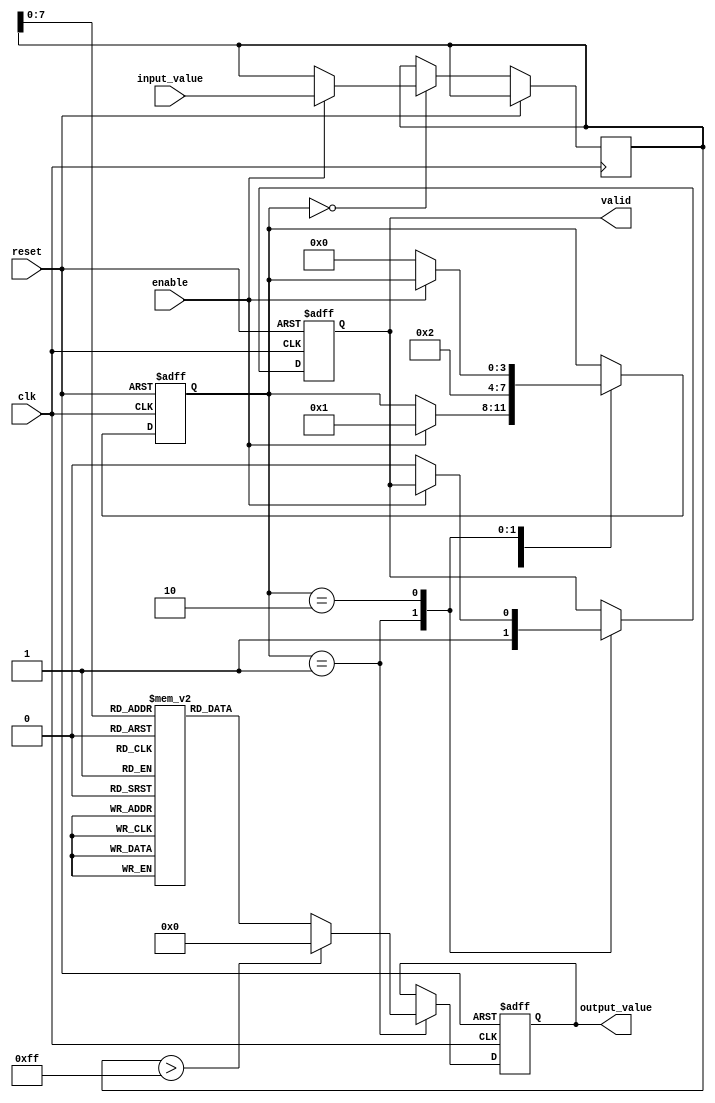
module LogarithmicUnit (
    input wire clk,
    input wire reset,
    input wire enable,
    input wire [15:0] input_value, // Fixed-point input
    output reg [15:0] output_value, // Fixed-point output
    output reg valid // Signal to indicate output is valid
);

// Internal states
reg [15:0] input_buffer;
reg calculating;
reg [3:0] state; // State for FSM

// Logarithm lookup table (base 2 for simplicity)
reg [15:0] log_table [0:255]; // Example size, adjust as necessary
initial begin
    // Populate the log_table with precomputed values
    // log_table[i] = log2(i) * scale_factor (scale_factor to fit in 16 bits)
    // This is just an example; you would compute actual logarithm values.
    log_table[0] = 16'hFFFF; // log(0) is undefined
    log_table[1] = 16'h0000; // log(1) = 0
    // Populate other values...
end

// State machine for operation
always @(posedge clk or posedge reset) begin
    if (reset) begin
        output_value <= 16'h0000;
        valid <= 0;
        calculating <= 0;
        state <= 0;
    end else begin
        case (state)
            0: begin // Idle state
                if (enable) begin
                    input_buffer <= input_value;
                    calculating <= 1;
                    state <= 1;
                end
            end
            1: begin // Calculate logarithm
                if (input_buffer > 255) begin
                    // Perform interpolation or more complex calculation for larger values
                    output_value <= 16'h0000; // Placeholder for more complex logic
                end else begin
                    output_value <= log_table[input_buffer]; // Lookup value
                end
                valid <= 1; // Output is valid
                calculating <= 0;
                state <= 2; // Move to output state
            end
            2: begin // Output state
                if (!enable) begin
                    valid <= 0; // Invalidate output if not enabled
                    state <= 0; // Go back to idle
                end
            end
        endcase
    end
end

endmodule